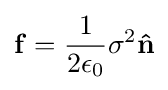
\mathbf {f} ={\frac {1}{2\epsilon _{0}}}\sigma ^{2}\mathbf {\hat {n}}